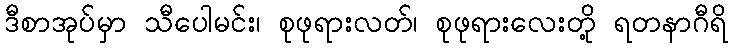
ဒီစာအုပ်မှာ သီပေါမင်း၊ စုဖုရားလတ်၊ စုဖုရားလေးတို့ ရတနာဂီရိ